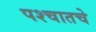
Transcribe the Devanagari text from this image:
पश्चातचे